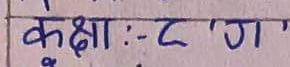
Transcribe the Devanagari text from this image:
कक्षा :- ट 'ग'